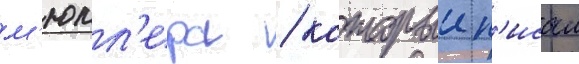
м'юлл'ера / которыи п'исал